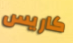
كاريس